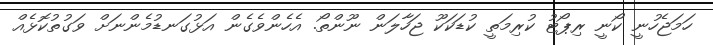
ހަމަޖެހުނީ ކޯނީ ރިޕޯޓު ކުރިިމަތީ ކުޑަކަކޫ ޖަހާލަން ނޫންތޯ. އެެހެންވެގެން އަޅުގަނޑުމެންނަށް ވަގުތުކޮޅެއް